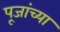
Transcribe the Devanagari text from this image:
पूजांच्या